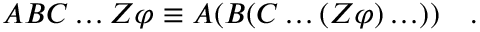
A B C \ldots Z \varphi \equiv A ( B ( C \ldots ( Z \varphi ) \ldots ) ) \quad .